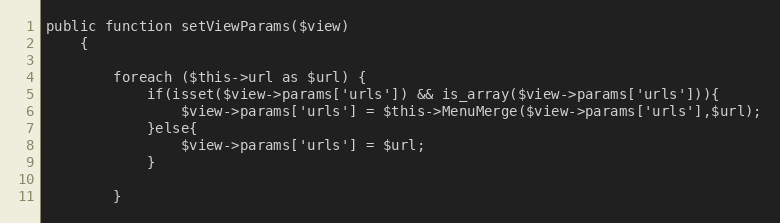
Language: PHP
public function setViewParams($view)
    {

        foreach ($this->url as $url) {
            if(isset($view->params['urls']) && is_array($view->params['urls'])){
                $view->params['urls'] = $this->MenuMerge($view->params['urls'],$url);
            }else{
                $view->params['urls'] = $url;
            }

        }